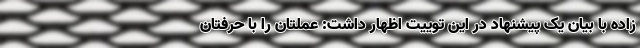
زاده با بیان یک پیشنهاد در این توییت اظهار داشت: عملتان را با حرفتان